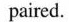
paired.